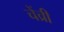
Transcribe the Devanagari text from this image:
चेंच्री